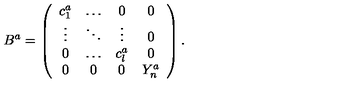
B ^ { a } = \left( \begin{array} { c c c c } { c _ { 1 } ^ { a } } & { \ldots } & { 0 } & { 0 } \\ { \vdots } & { \ddots } & { \vdots } & { 0 } \\ { 0 } & { \ldots } & { c _ { l } ^ { a } } & { 0 } \\ { 0 } & { 0 } & { 0 } & { Y _ { n } ^ { a } } \\ \end{array} \right) .